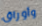
وأوراق